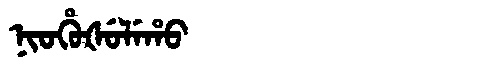
Manchu: ᠨᡳᠣᡥᡠᡧᡠᠯᡝᡥᠣ
Romanization: NIOHUŠULEHO